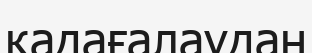
қадағалаудан